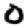
Digit: 0